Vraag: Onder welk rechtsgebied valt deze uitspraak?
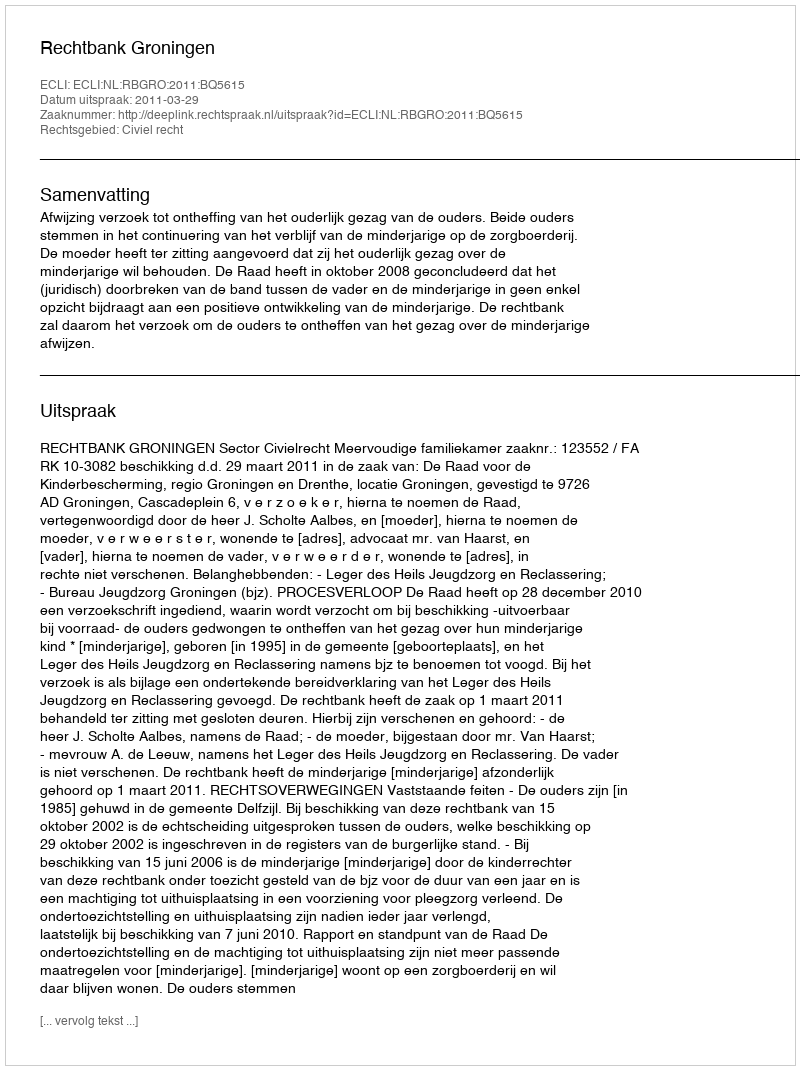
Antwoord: Civiel recht